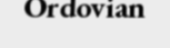
Ordovian